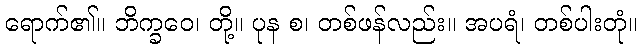
ရောက်၏။ ဘိက္ခဝေ၊ တို့။ ပုန စ၊ တစ်ဖန်လည်း။ အပရံ၊ တစ်ပါးတုံ။